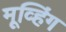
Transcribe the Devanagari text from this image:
मूव्हिंग